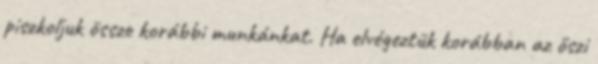
piszkoljuk össze korábbi munkánkat. Ha elvégeztük korábban az őszi